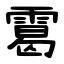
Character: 䨠